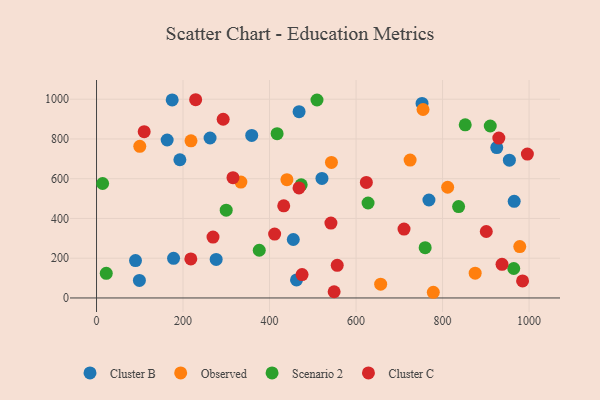
{"axis": {"x": "Ad Spend", "y": "Yield"}, "legend": ["Cluster B", "Cluster C", "Observed", "Scenario 2"], "data": [{"x": "276.6", "y": 193.7, "type": "Cluster B"}, {"x": "925.3", "y": 756.4, "type": "Cluster B"}, {"x": "262.5", "y": 804.7, "type": "Cluster B"}, {"x": "768.5", "y": 492.8, "type": "Cluster B"}, {"x": "174.9", "y": 996.4, "type": "Cluster B"}, {"x": "954.5", "y": 693.1, "type": "Cluster B"}, {"x": "178.1", "y": 199.3, "type": "Cluster B"}, {"x": "358.8", "y": 817.8, "type": "Cluster B"}, {"x": "99.1", "y": 88.2, "type": "Cluster B"}, {"x": "468.3", "y": 937.5, "type": "Cluster B"}, {"x": "965.6", "y": 486.4, "type": "Cluster B"}, {"x": "454.9", "y": 294.1, "type": "Cluster B"}, {"x": "192.7", "y": 695.5, "type": "Cluster B"}, {"x": "90.1", "y": 188.0, "type": "Cluster B"}, {"x": "462.4", "y": 90.6, "type": "Cluster B"}, {"x": "521.2", "y": 601.4, "type": "Cluster B"}, {"x": "163.3", "y": 794.8, "type": "Cluster B"}, {"x": "752.6", "y": 978.7, "type": "Cluster B"}, {"x": "440.2", "y": 595.1, "type": "Observed"}, {"x": "333.7", "y": 583.3, "type": "Observed"}, {"x": "811.8", "y": 557.0, "type": "Observed"}, {"x": "100.0", "y": 763.1, "type": "Observed"}, {"x": "754.9", "y": 948.3, "type": "Observed"}, {"x": "778.6", "y": 28.6, "type": "Observed"}, {"x": "978.5", "y": 258.6, "type": "Observed"}, {"x": "218.4", "y": 790.4, "type": "Observed"}, {"x": "543.1", "y": 682.1, "type": "Observed"}, {"x": "656.9", "y": 69.2, "type": "Observed"}, {"x": "875.4", "y": 124.8, "type": "Observed"}, {"x": "725.0", "y": 693.9, "type": "Observed"}, {"x": "22.5", "y": 123.7, "type": "Scenario 2"}, {"x": "627.8", "y": 477.9, "type": "Scenario 2"}, {"x": "910.3", "y": 865.2, "type": "Scenario 2"}, {"x": "473.2", "y": 569.0, "type": "Scenario 2"}, {"x": "299.8", "y": 441.8, "type": "Scenario 2"}, {"x": "964.6", "y": 148.3, "type": "Scenario 2"}, {"x": "837.1", "y": 459.7, "type": "Scenario 2"}, {"x": "759.8", "y": 252.9, "type": "Scenario 2"}, {"x": "417.5", "y": 826.8, "type": "Scenario 2"}, {"x": "509.7", "y": 996.0, "type": "Scenario 2"}, {"x": "14.1", "y": 575.9, "type": "Scenario 2"}, {"x": "376.2", "y": 240.1, "type": "Scenario 2"}, {"x": "852.4", "y": 871.0, "type": "Scenario 2"}, {"x": "468.1", "y": 553.7, "type": "Cluster C"}, {"x": "541.9", "y": 376.9, "type": "Cluster C"}, {"x": "549.3", "y": 31.2, "type": "Cluster C"}, {"x": "996.1", "y": 724.1, "type": "Cluster C"}, {"x": "710.9", "y": 346.7, "type": "Cluster C"}, {"x": "269.3", "y": 306.1, "type": "Cluster C"}, {"x": "937.5", "y": 169.1, "type": "Cluster C"}, {"x": "475.2", "y": 117.7, "type": "Cluster C"}, {"x": "901.1", "y": 334.5, "type": "Cluster C"}, {"x": "229.2", "y": 997.4, "type": "Cluster C"}, {"x": "315.5", "y": 605.2, "type": "Cluster C"}, {"x": "292.8", "y": 899.2, "type": "Cluster C"}, {"x": "218.0", "y": 196.5, "type": "Cluster C"}, {"x": "110.2", "y": 836.8, "type": "Cluster C"}, {"x": "432.8", "y": 463.5, "type": "Cluster C"}, {"x": "623.8", "y": 581.2, "type": "Cluster C"}, {"x": "930.1", "y": 804.6, "type": "Cluster C"}, {"x": "556.5", "y": 164.0, "type": "Cluster C"}, {"x": "985.0", "y": 85.9, "type": "Cluster C"}, {"x": "411.8", "y": 321.3, "type": "Cluster C"}]}